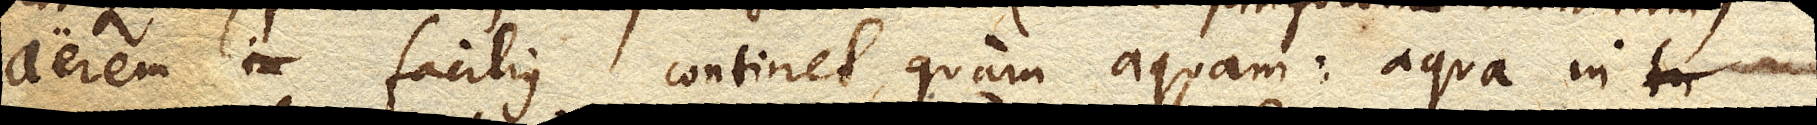
aerem facilius continet, quam aquam: aqua in